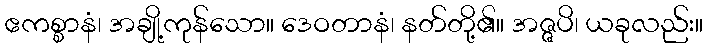
ဧကစ္စာနံ၊ အချို့ကုန်သော။ ဒေဝတာနံ၊ နတ်တို့၏။ အဇ္ဇပိ၊ ယခုလည်း။